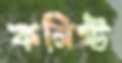
কনিষ্ট